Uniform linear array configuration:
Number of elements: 4
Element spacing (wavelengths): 0.25
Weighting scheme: uniform
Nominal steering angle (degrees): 30
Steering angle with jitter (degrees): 30.326
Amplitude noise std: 0.05
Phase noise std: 0.05

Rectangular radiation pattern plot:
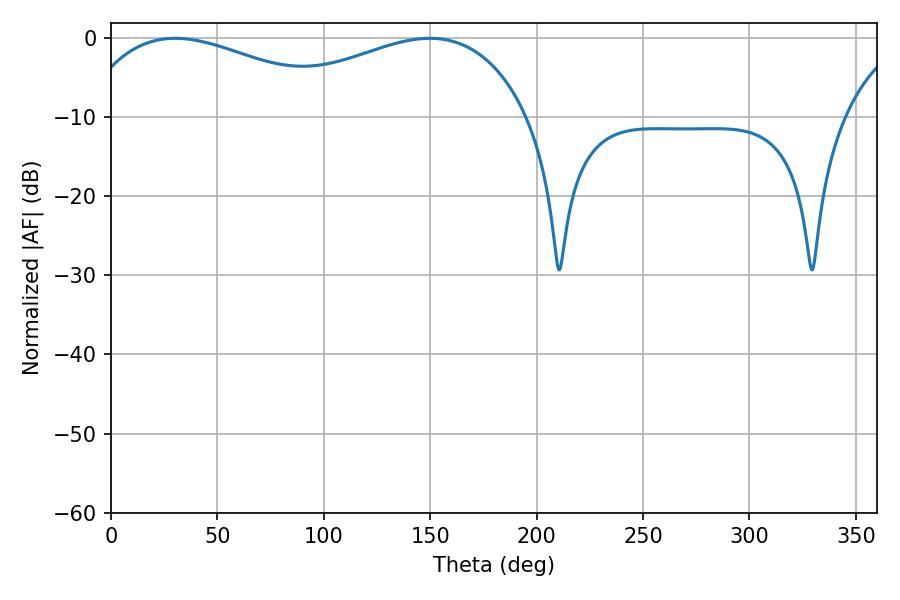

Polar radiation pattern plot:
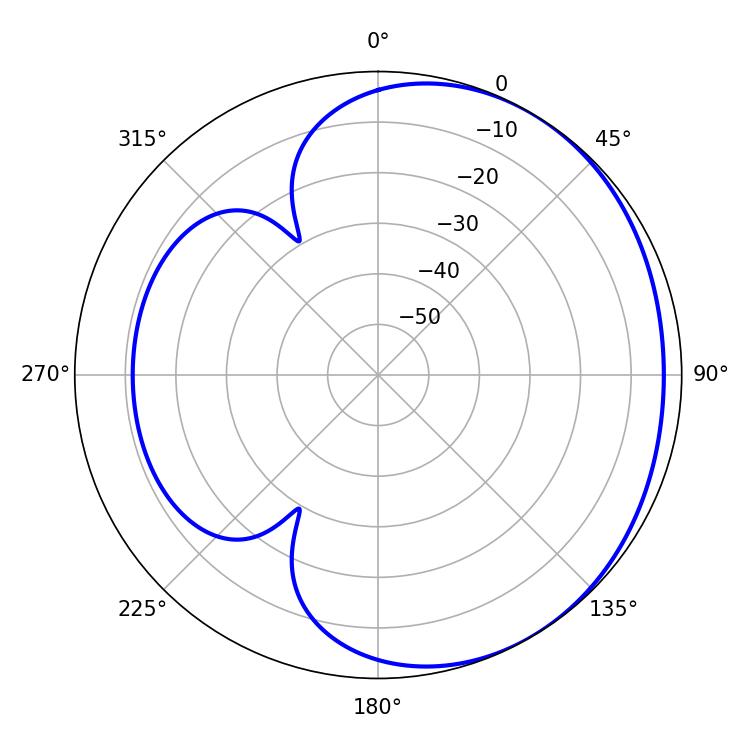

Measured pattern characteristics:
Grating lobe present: FALSE
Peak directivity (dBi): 2.013
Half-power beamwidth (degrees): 72.18
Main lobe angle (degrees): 30.24